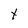
Character: t